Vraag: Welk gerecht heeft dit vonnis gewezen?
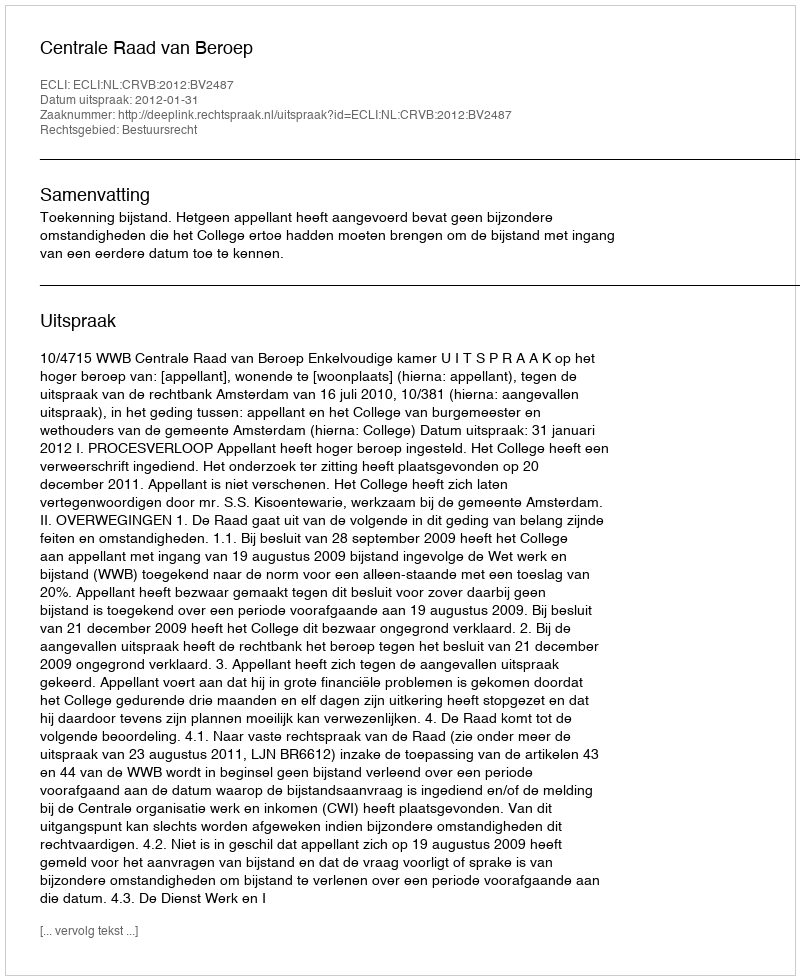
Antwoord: Centrale Raad van Beroep